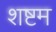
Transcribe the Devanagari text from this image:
शष्टम